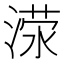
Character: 𬈜